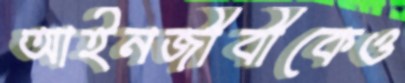
আইনজীবীকেও